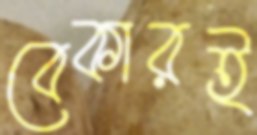
বেকারই